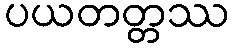
ပယတတ္တဿ